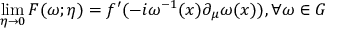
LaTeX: \operatorname * { l i m } _ { \eta \rightarrow 0 } F ( \omega ; \eta ) = f ^ { \prime } ( - i \omega ^ { - 1 } ( x ) \partial _ { \mu } \omega ( x ) ) , \forall \omega \in G